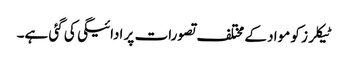
ٹیکلرز کو مواد کے مختلف تصورات پر ادائیگی کی گئی ہے۔